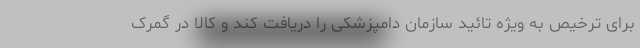
برای ترخیص به ویژه تائید سازمان دامپزشکی را دریافت کند و کالا در گمرک